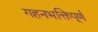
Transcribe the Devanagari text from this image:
गहनभक्तिपूर्ण